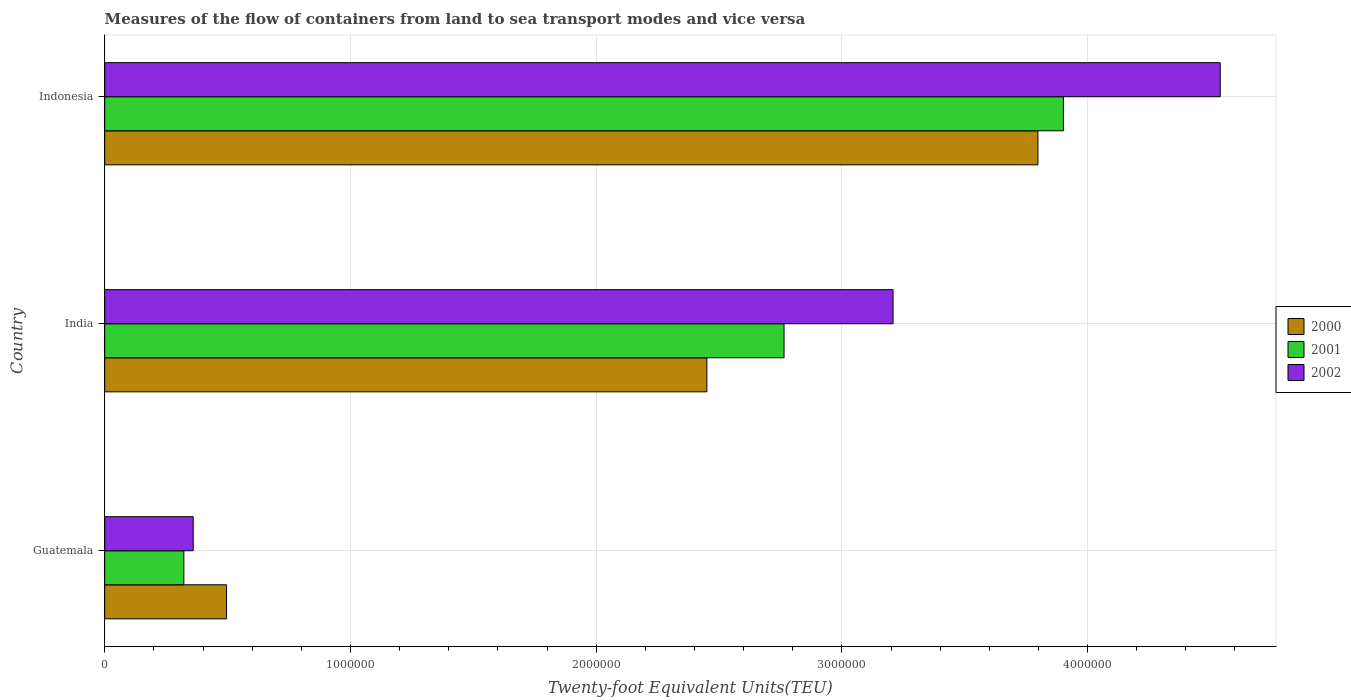
| Country | 2000 | 2001 | 2002 |
 | --- | --- | --- | --- |
 | Guatemala | 4.96e+05 | 3.22e+05 | 3.6e+05 |
 | India | 2.45e+06 | 2.76e+06 | 3.21e+06 |
 | Indonesia | 3.8e+06 | 3.9e+06 | 4.54e+06 |